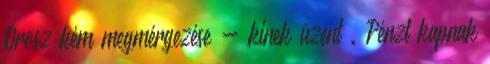
Orosz kém megmérgezése - kinek üzent . Pénzt kapnak